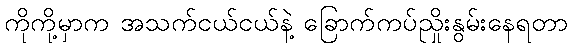
ကိုကို့မှာက အသက်ငယ်ငယ်နဲ့ ခြောက်ကပ်ညှိုးနွမ်းနေရတာ